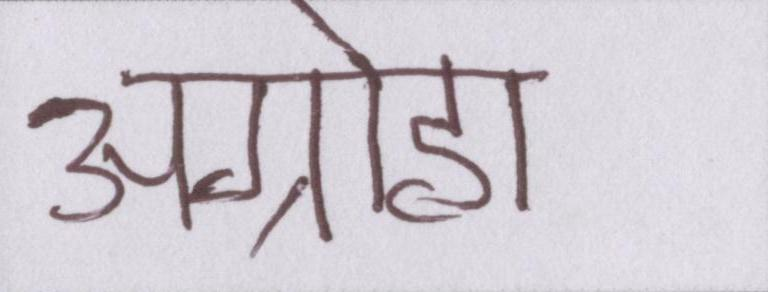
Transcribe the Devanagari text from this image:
अग्रोहा